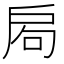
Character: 𢩁